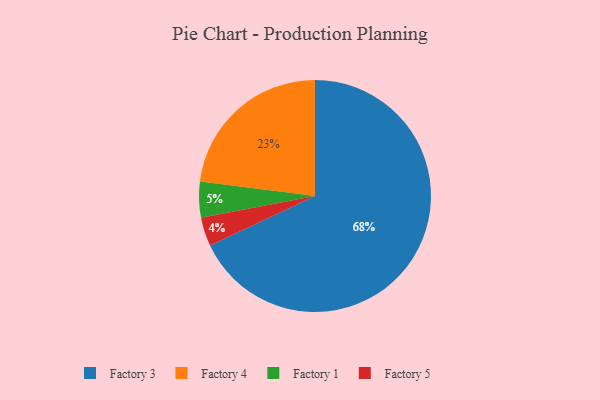
{"axis": {"x": "Category", "y": "Percentage"}, "legend": ["Factory 1", "Factory 3", "Factory 4", "Factory 5"], "data": [{"x": "Factory 1", "y": 5, "type": "Factory 1"}, {"x": "Factory 3", "y": 68, "type": "Factory 3"}, {"x": "Factory 5", "y": 4, "type": "Factory 5"}, {"x": "Factory 4", "y": 23, "type": "Factory 4"}]}